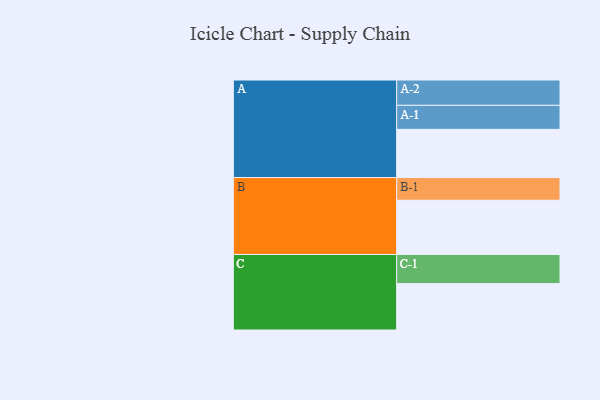
{"axis": {"x": "Segment", "y": "Value"}, "legend": ["", "A", "B", "C"], "data": [{"x": "A", "y": 407, "type": ""}, {"x": "B", "y": 458, "type": ""}, {"x": "C", "y": 392, "type": ""}, {"x": "A-1", "y": 203, "type": "A"}, {"x": "A-2", "y": 214, "type": "A"}, {"x": "B-1", "y": 192, "type": "B"}, {"x": "C-1", "y": 246, "type": "C"}]}